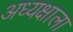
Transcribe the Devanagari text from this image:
अध्यक्षाला